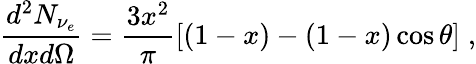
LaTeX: \frac{d^{2}N_{\nu_{e}}}{dxd\Omega}=\frac{3x^{2}}{\pi}[(1-x)-(1-x)\cos\theta]\; ,